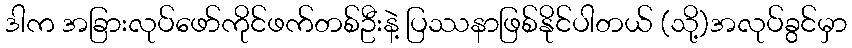
ဒါက အခြားလုပ်ဖော်ကိုင်ဖက်တစ်ဦးနဲ့ ပြဿနာဖြစ်နိုင်ပါတယ် (သို့)အလုပ်ခွင်မှာ